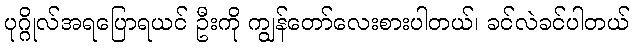
ပုဂ္ဂိုလ်အရပြောရယင် ဦးကို ကျွန်တော်လေးစားပါတယ်၊ ခင်လဲခင်ပါတယ်